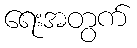
ရေးအတွက်